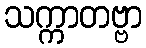
သက္ကာတဗ္ဗာ